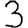
Digit: 3